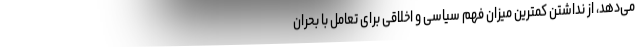
می‌دهد، از نداشتن کمترین میزان فهم سیاسی و اخلاقی برای تعامل با بحران